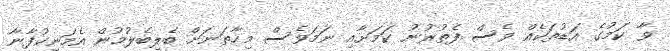
ވާ ކަމުގެ އަޑުތަކެއް ވެސް ފެތުރުނު ކަމަށާއި ނަމަވެސް މިހާތަނަށް ބެލިބެލުމުން އެމަނިކުފާނާ